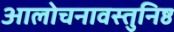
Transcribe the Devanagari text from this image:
आलोचनावस्तुनिष्ठ